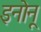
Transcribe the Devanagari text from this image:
इनोनू